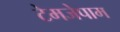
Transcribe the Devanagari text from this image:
टेमजेपाम